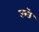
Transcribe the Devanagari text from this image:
उग्ते